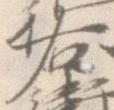
右